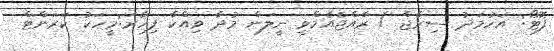
ފޮޓޯ: އަހުމަދު ސިރާޖް / ރާއްޖެއެމްވީ ނީލަން މުދާ ވިއްކާ ފިހާރަ:މީހަކު ކަރަންޓް